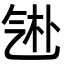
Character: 𬇑